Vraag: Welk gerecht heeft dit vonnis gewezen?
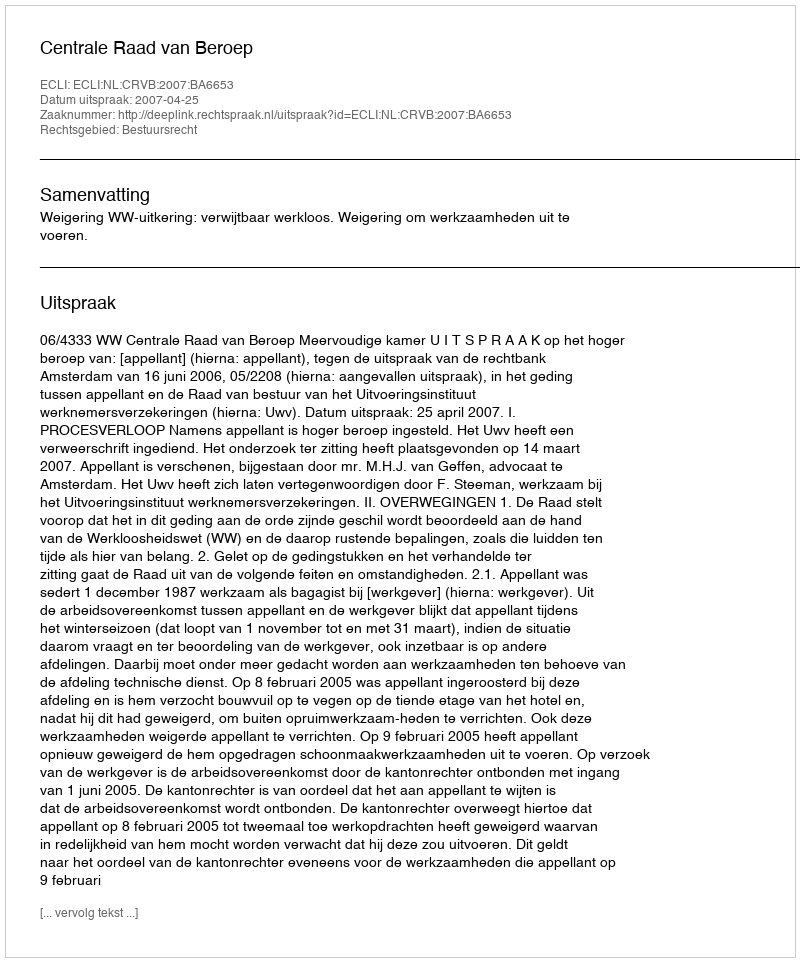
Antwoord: Centrale Raad van Beroep